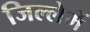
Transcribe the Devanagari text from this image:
जिल्लेमें